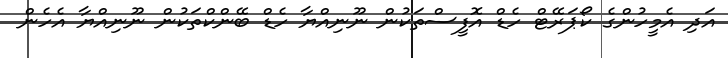
އަދި އެމީހުންގެ ކޯޕަރޭޓް ހެޑް އޮފީސްތަކުން ނޫނިއްޔާ ހެޑް ބޭންކްތަކުން ނޫނިއްޔާ އެހެން